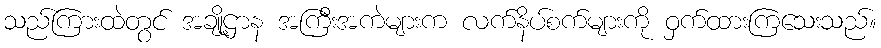
သည်ကြားထဲတွင် အချို့ဌာန အကြီးအကဲများက လက်နိပ်စက်များကို ဝှက်ထားကြသေးသည်။